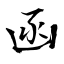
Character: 函